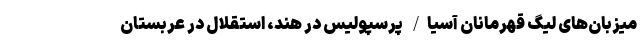
میزبان‌های لیگ قهرمانان آسیا/ پرسپولیس در هند، استقلال در عربستان